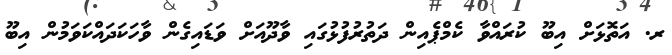
ރ. އަތޮޅަށް އިބޫ ކުރައްވާ ކެމްޕެއިން ދަތުރުފުޅުގައި ވާދޫއަށް ވަޑައިގެން ވާހަކަދައްކަވަމުން އިބޫ